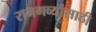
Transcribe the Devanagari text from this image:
रानगव्यांसाठी